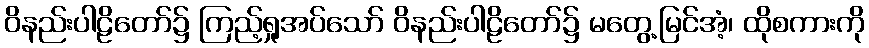
ဝိနည်းပါဠိတော်၌ ကြည့်ရှုအပ်သော် ဝိနည်းပါဠိတော်၌ မတွေ့မြင်အံ့၊ ထိုစကားကို